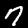
Digit: 7